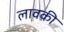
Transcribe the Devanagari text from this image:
लावकी